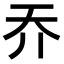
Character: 𡗤